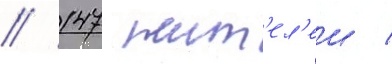
/ 147 жит'ел'еи /